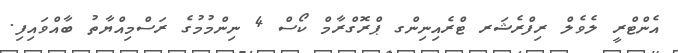
އެންޓްރީ ލެވެލް ރިފްރެޝަރ ޓްރެއިނިންގ ޕްރޮގްރާމް ކޯސް 4 ނިންމުމުގެ ރަސްމިއްޔާތު ބާއްވައިފި.